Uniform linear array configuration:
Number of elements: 64
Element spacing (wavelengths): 1
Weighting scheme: cosine
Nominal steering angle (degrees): -30
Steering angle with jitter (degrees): -30.623
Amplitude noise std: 0.05
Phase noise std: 0.05

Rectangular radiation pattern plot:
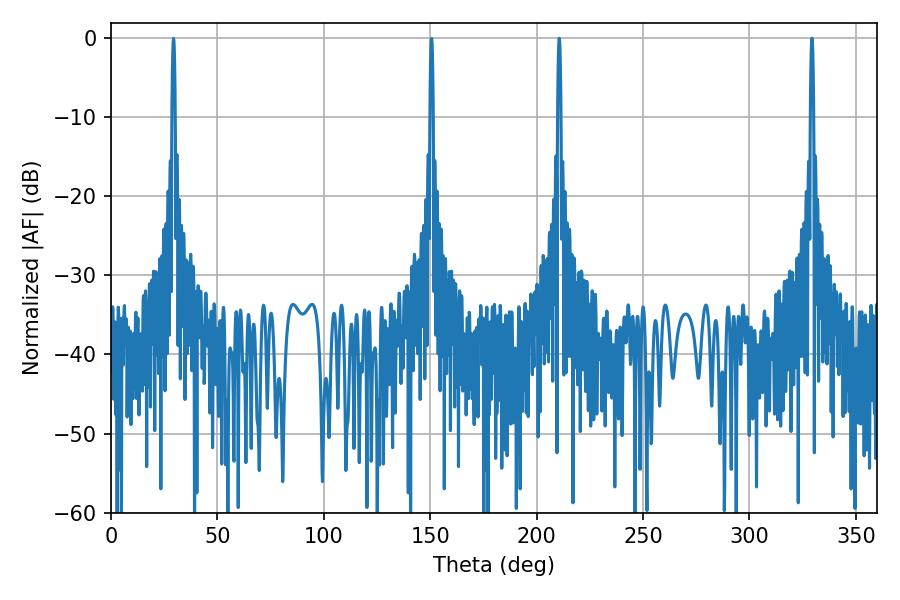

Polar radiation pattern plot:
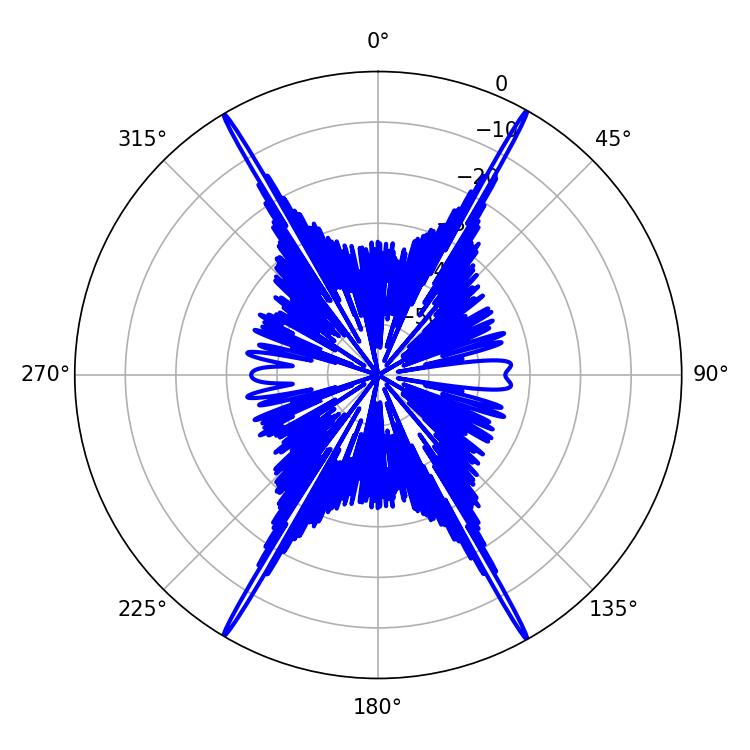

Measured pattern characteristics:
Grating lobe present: TRUE
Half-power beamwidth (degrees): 0.72
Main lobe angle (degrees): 210.6